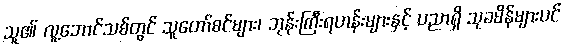
သူ၏ လူ့ဘောင်သစ်တွင် သူတော်စင်များ၊ ဘုန်းကြီးရဟန်းများနှင့် ပညာရှိ သုခမိန်များပင်